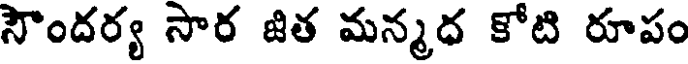
సౌందర్య సార జిత మన్మధ కోటి రూపం